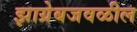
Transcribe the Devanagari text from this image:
झाग्रेबजवळील